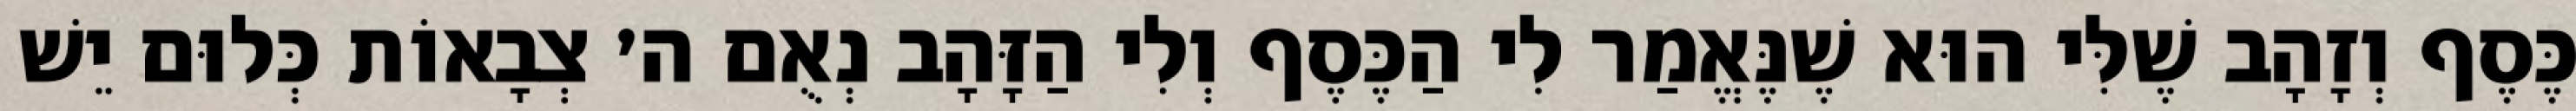
כֶּסֶף וְזָהָב שֶׁלִּי הוּא שֶׁנֶּאֱמַר לִי הַכֶּסֶף וְלִי הַזָּהָב נְאֻם ה׳ צְבָאוֹת כְּלוּם יֵשׁ